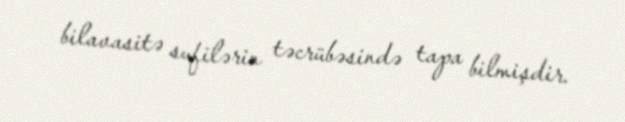
bilavasitə sufilərin təcrübəsində tapa bilmişdir.